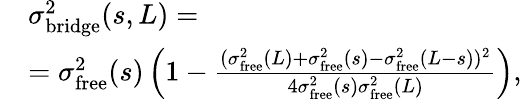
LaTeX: \begin{array}{rl}&{\sigma_{\mathrm{bridge}}^{2}(s,L)=}\\ &{=\sigma_{\mathrm{free}}^{2}(s)\left(1-\frac{(\sigma_{\mathrm{free}}^{2}(L)+\sigma_{\mathrm{free}}^{2}(s)-\sigma_{\mathrm{free}}^{2}(L-s))^{2}}{4\sigma_{\mathrm{free}}^{2}(s)\sigma_{\mathrm{free}}^{2}(L)}\right),}\end{array}